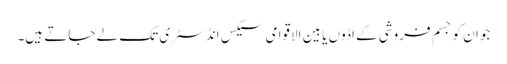
جو ان کو جسم فروشی کے اڈوں یا بین الاقوامی سیکس انڈسٹری تک لے جاتے ہیں۔